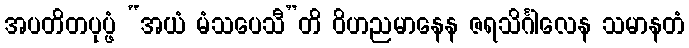
အပတိတပုပ္ဖံ “အယံ မံသပေသီ”တိ ဝိဟညမာနေန ဇရသိင်္ဂါလေန သမာနတံ